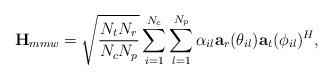
LaTeX: \begin{align*} \mathbf{H}_{mmw} = \sqrt{\frac{N_tN_r}{N_cN_p}}\sum_{i = 1}^{N_c}\sum_{l=1}^{N_p}\alpha_{il} \mathbf{a}_r(\theta_{il}) \mathbf{a}_t(\phi_{il})^H,\end{align*}